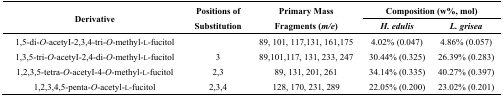
| <ROWSPAN=2> Derivative | <ROWSPAN=2> Positions of Substitution | <ROWSPAN=2> Primary Mass Fragments (m/e) | <COLSPAN=2> Composition (w%, mol) |
 | H. edulis | L. grisea |
 | --- | --- | --- | --- | --- |
 | 1,5-di-O-acetyI-2,3,4-tri-O-methyl-l-fucitol |  | 89, 101, 117,131, 161,175 | 4.02% (0.047) | 4.86% (0.057) |
 | 1,3,5-tri-O-acetyI-2,4-di-O-methyl-l-fucitol | 3 | 89,101,117, 131, 233, 247 | 30.44% (0.325) | 26.39% (0.283) |
 | 1,2,3,5-tetra-O-acetyI-4-O-methyl-l-fucitol | 2,3 | 89, 131, 201, 261 | 34.14% (0.335) | 40.27% (0.397) |
 | 1,2,3,4,5-penta-O-acetyl-l-fucitol | 2,3,4 | 128, 170, 231, 289 | 22.05% (0.200) | 23.02% (0.201) |